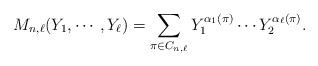
LaTeX: \begin{align*}M_{n, \ell}(Y_{1}, \cdots, Y_{\ell}) = \sum_{\pi \in C_{n, \ell}} Y_{1}^{\alpha_{1}(\pi)} \cdots Y_{2}^{\alpha_{\ell}(\pi)}.\end{align*}